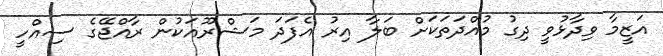
އަޒީމާ ވިދާޅުވީ ދިގު މުއްދަތަކަށް ބަލާ އިރު އެފަދަ މަޝްރޫއަކުން ރާއްޖޭގެ ސިއްހީ